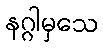
နဂ္ဂါမှသေ